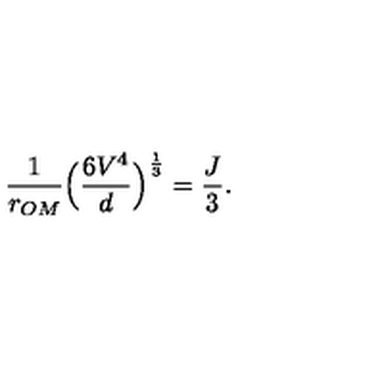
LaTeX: \frac { 1 } { r _ { O M } } \Big ( \frac { 6 V ^ { 4 } } { d } \Big ) ^ { \frac { 1 } { 3 } } = \frac { J } { 3 } .